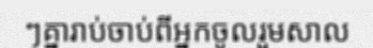
ៗគ្នារាប់ចាប់ពីអ្នកចូលរួមសាល